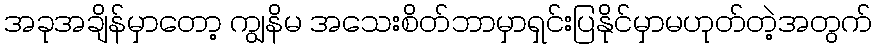
အခုအချိန်မှာတော့ ကျွနိမ အသေးစိတ်ဘာမှာရှင်းပြနိုင်မှာမဟုတ်တဲ့အတွက်